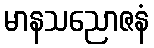
မာနသညောဇနံ